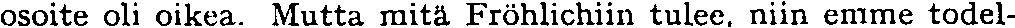
osoite oli oikea. Mutta mitä Fröhlichiin tulee, niin emme todel-